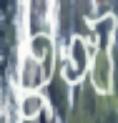
তুঙ্গী